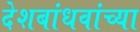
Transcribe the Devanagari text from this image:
देशबांधवांच्या